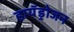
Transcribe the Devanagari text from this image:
हायॅड्रोजन